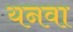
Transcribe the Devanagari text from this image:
यनवा